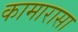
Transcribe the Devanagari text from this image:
कामारासा